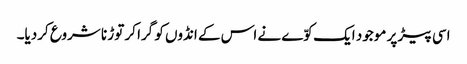
اسی پیڑ پر موجود ایک کوّے نے اس کے انڈوں کو گرا کر توڑ نا شروع کردیا۔